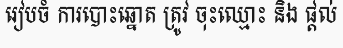
រៀបចំ ការបោះឆ្នោត ត្រូវ ចុះឈ្មោះ និង ផ្តល់